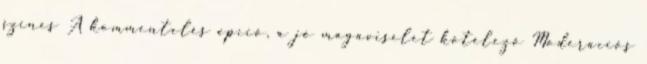
színes A kommentelés opció, a jó magaviselet kötelező Moderációs